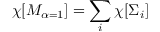
\chi [ { \cal M } _ { \alpha = 1 } ] = \sum _ { i } \chi [ \Sigma _ { i } ] ~ ~ ~